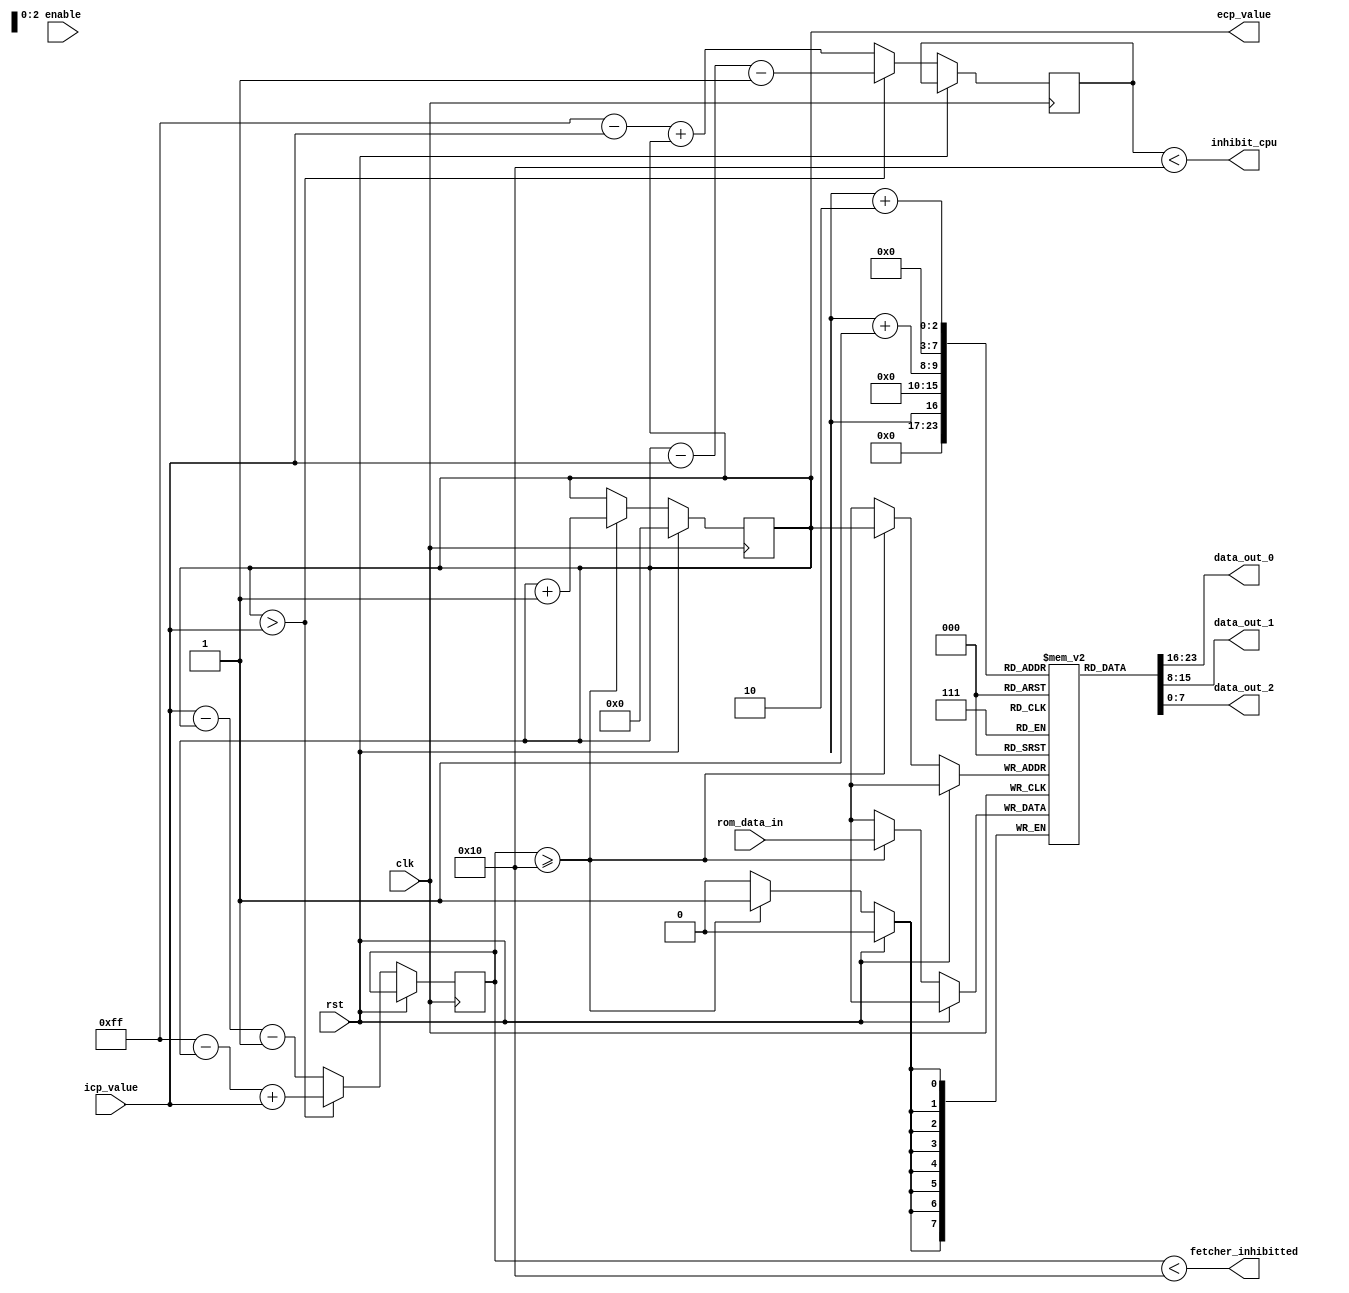
module fetcher (
    input wire clk,
    input wire rst,
    input wire enable,
    input wire [7:0] rom_data_in,
    input wire [7:0] icp_value,
    output reg [7:0] ecp_value,
    output reg [7:0] data_out_0,
    output reg [7:0] data_out_1,
    output reg [7:0] data_out_2,
    output wire inhibit_cpu,
    output wire fetcher_inhibitted
);
	parameter CACHE_SIZE = 256;
	parameter MIN_BYTES_LEAD = 16;

	reg [7:0] cache [CACHE_SIZE - 1:0];
	reg [7:0] ecp;

	reg [7:0] ecp_lead;
	reg [7:0] icp_lead;

	assign inhibit_cpu = ecp_lead < MIN_BYTES_LEAD;
	assign fetcher_inhibitted = icp_lead < MIN_BYTES_LEAD;

	assign data_out_0 = cache[icp];
	assign data_out_1 = cache[icp + 1];
	assign data_out_2 = cache[icp + 2];

	assign ecp_value = ecp;

	always @(posedge clk) begin
		if (rst) begin
			ecp <= 0;
		end else begin
			if (ecp > icp_value) begin
				ecp_lead <= ecp - icp_value - 1;
				icp_lead <= (CACHE_SIZE - 1) - ecp + icp_value;
			end else begin
				ecp_lead <= ((CACHE_SIZE - 1) - icp_value) + ecp;
				icp_lead <= icp_value - ecp - 1;
			end

			if (icp_lead >= MIN_BYTES_LEAD) begin
				cache[ecp] <= rom_data_in;
				ecp <= ecp + 1'b1;
			end
		end
	end

endmodule